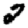
Digit: 2